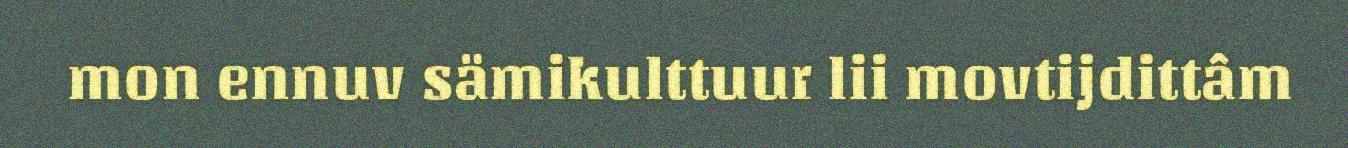
mon ennuv sämikulttuur lii movtijdittâm